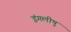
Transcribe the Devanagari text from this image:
इंगलीषु